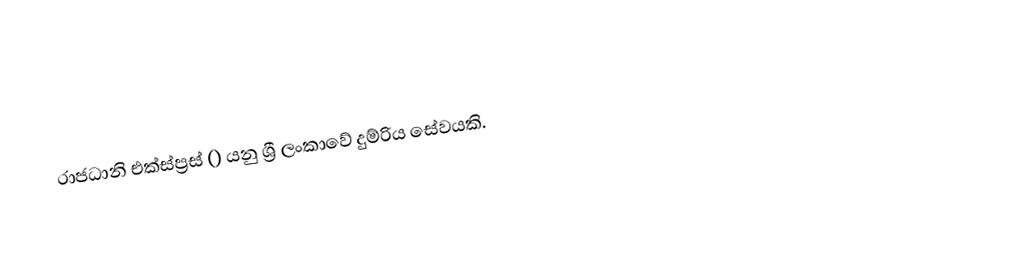
රාජධානි එක්ස්ප්‍රස් () යනු ශ්‍රී ලංකාවේ දුම්රිය සේවයකි.